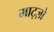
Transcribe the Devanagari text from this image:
माट्ज़ो